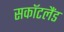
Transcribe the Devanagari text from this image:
सकॉटलैंड